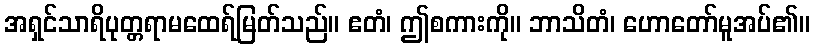
အရှင်သာရိပုတ္တရာမထေရ်မြတ်သည်။ ဧတံ၊ ဤစကားကို။ ဘာသိတံ၊ ဟောတော်မူအပ်၏။